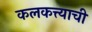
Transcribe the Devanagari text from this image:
कलकत्त्याची